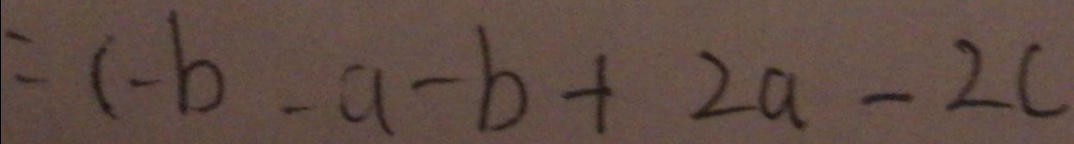
= c - b - a - b + 2 a - 2 c